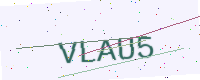
Text: VLAU5